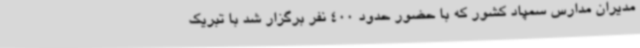
مدیران مدارس سمپاد کشور که با حضور حدود 400 نفر برگزار شد با تبریک